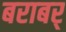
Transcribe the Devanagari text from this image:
बराबर्